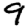
Digit: 9